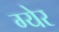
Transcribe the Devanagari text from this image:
ग्येर